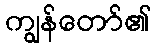
ကျွန်တော်၏